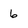
Character: 6